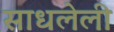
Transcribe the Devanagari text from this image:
साधलेली